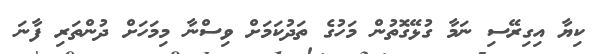
ކިޔާ އިގިރޭސި ނަމާ ގުޅޭގޮތުން މަހުގެ ތަދުކަމަށް ވިސްނާ މިމަހަށް ދުންތަރި ފާނަ